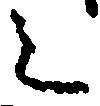
之